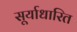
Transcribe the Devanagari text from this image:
सूर्याधारित